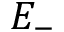
E _ { - }